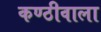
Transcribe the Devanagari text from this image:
कण्ठीवाला